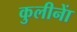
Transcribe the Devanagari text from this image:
कुलीनाें